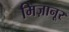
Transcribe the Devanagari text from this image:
मिज़ानूर